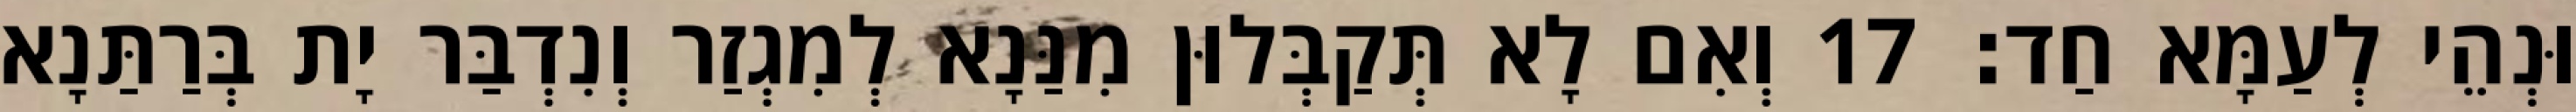
וּנְהֵי לְעַמָּא חַד׃ 17 וְאִם לָא תְּקַבְּלוּן מִנַּנָא לְמִגְזַר וְנִדְבַּר יָת בְּרַתַּנָא